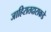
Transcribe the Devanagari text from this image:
जाहिरातदाराकडे